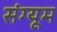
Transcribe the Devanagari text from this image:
संग्यूम